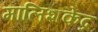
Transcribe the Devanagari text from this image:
मालिशकेंद्र